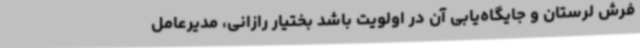
فرش لرستان و جایگاه‌یابی آن در اولویت باشد بختیار رازانی، مدیرعامل